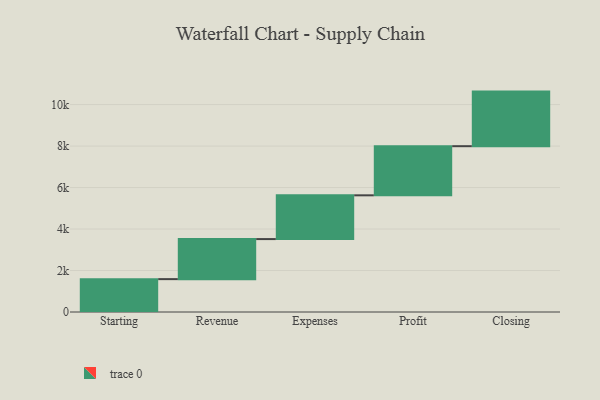
{"axis": {"x": "Step", "y": "Value"}, "legend": [""], "data": [{"x": "Starting", "y": 1585.0, "type": ""}, {"x": "Revenue", "y": 1931.0, "type": ""}, {"x": "Expenses", "y": 2110.0, "type": ""}, {"x": "Profit", "y": 2369.0, "type": ""}, {"x": "Closing", "y": 2632.0, "type": ""}]}